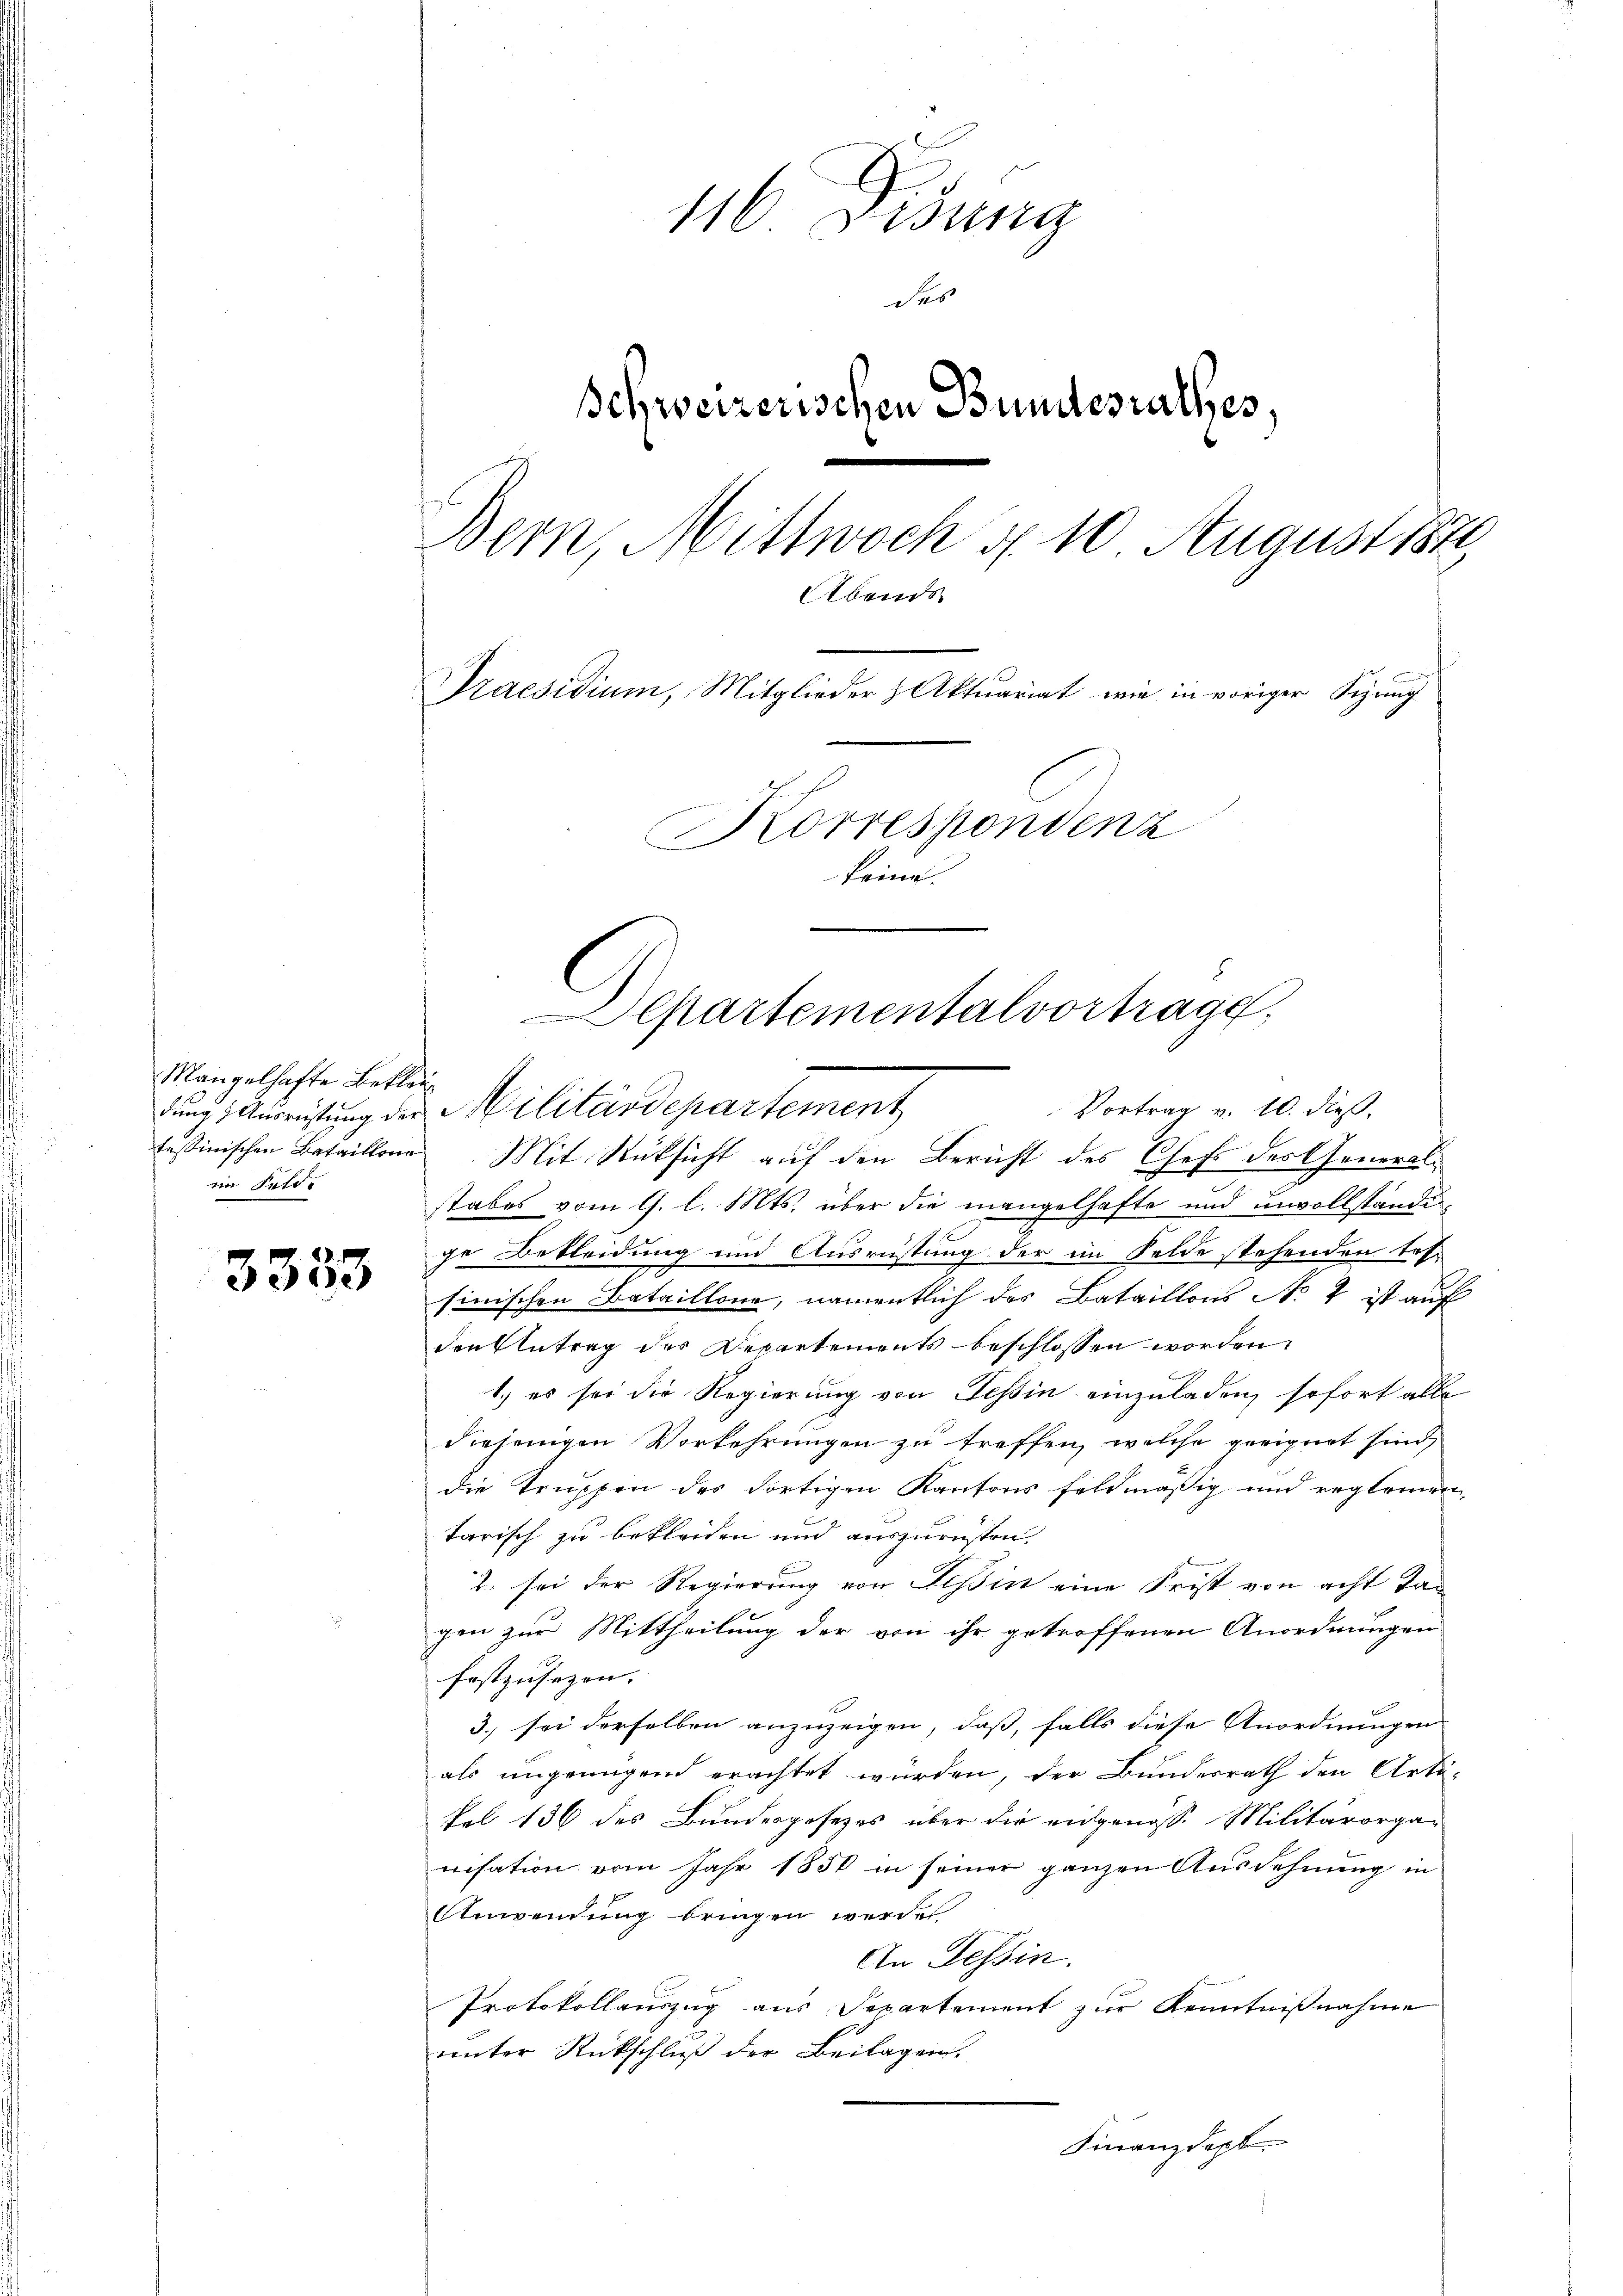
Mangelhafte Beklag
in Fett.

3333

116 Didung
des
Schweizerischen Bundesrathes,
Bern, Mittwoch u. 10 August 187
Abends
Praesidium, Mitglieder Aktuariat wie in voriger Sizung
Korrespondenz
Bei
1

Vortrag v. 10. dieß.
dung Ausrüstung der Militärdepartement
fessinischen Bataillone Mit Rüksicht auf den Bericht des Chefs des General-
stabes vom 9. l. Mts. über die mangelhafte und unvollstande
ge Bekleidung und Ausrüstung der im Felde stehenden Tes-
sinischen Bataillone, namentlich des Bataillons No 2 ist auf
den Antrag des Departements beschlossen worden.
1.) es sei die Regierung von Tessin einzuladen, sofort alle
diejenigen Vorkehrungen zu treffen, welche geeignet sind,
die Truppen des dortigen Kantons feldmäßig und reglemen,
tarisch zu bekleiden und auszurüsten.
2. sei der Regierung von Tessin eine Frist von acht Tag
gen zur Mittheilung der von ihr getroffenen Anordnungen
festzusehen.
3. sei derselben anzuzeigen, daß, falls diese Anordnungen
als ungenügend erachtet würden, der Bundesrath den Arti-
Fel 136 des Bundesgesetzes über die eidgenosse Militärorga-
nisation vom Jahr 1850 in seiner ganzen Ausdehnung in
Anwendung bringen werde
An Tessin.
Protokollauszug aus Departement zur Kenntnißnahme
unter Rückschluß der Beilagen.

Departementalvertrage,

Finanzdept.